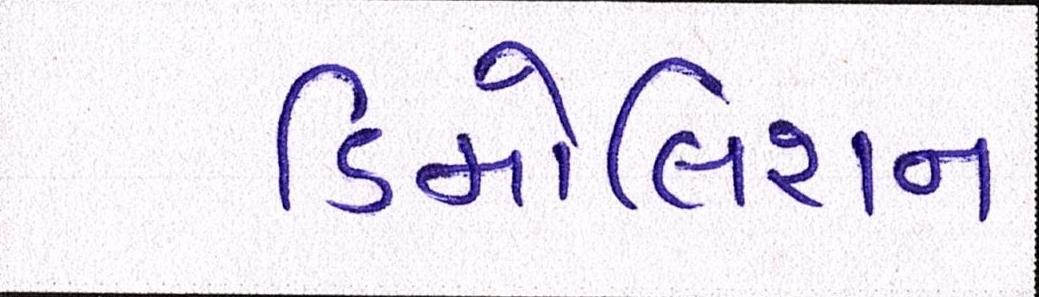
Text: ડિમોલિશન